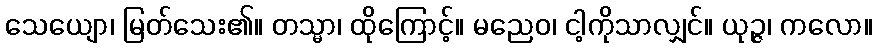
သေယျော၊ မြတ်သေး၏။ တသ္မာ၊ ထိုကြောင့်။ မညေဝ၊ ငါ့ကိုသာလျှင်။ ယုဉ္ဇ၊ ကလော။